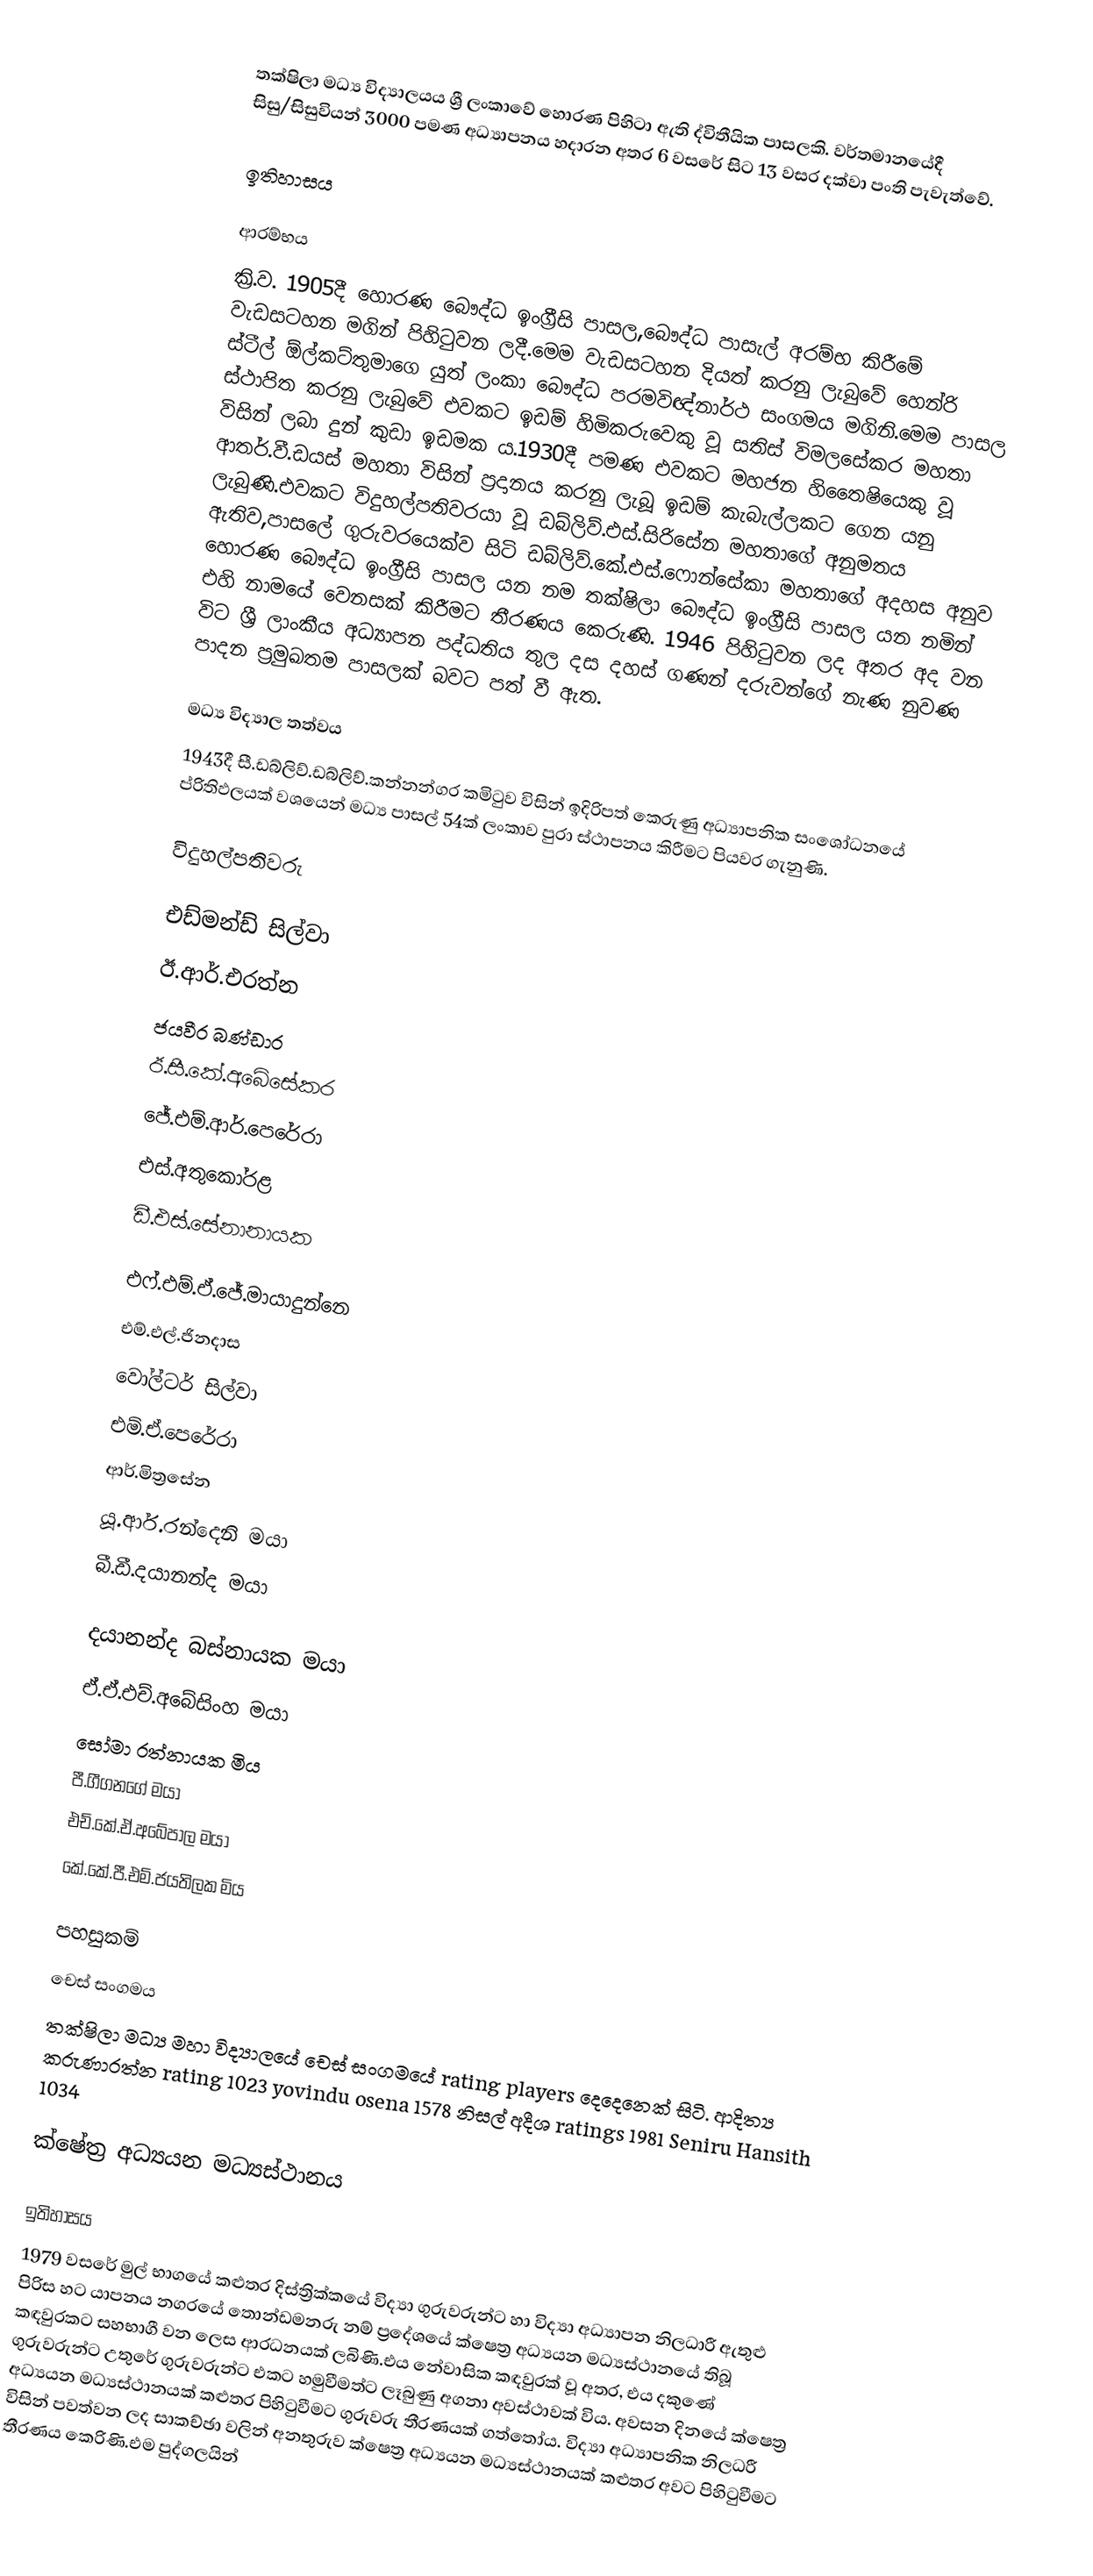
තක්ෂිලා මධ්‍ය විද්‍යාලයය ශ්‍රී ලංකාවේ හොරණ පිහිටා ඇති ද්විතීයික පාසලකි. වර්තමානයේදී සිසු/සිසුවියන් 3000 පමණ අධ්‍යාපනය හදාරන අතර 6 වසරේ සිට 13 වසර දක්වා පංති පැවැත්වේ.

ඉතිහාසය

ආරම්භය
ක්‍රි.ව. 1905දී හොරණ බෞද්ධ ඉංග්‍රීසි පාසල,බෞද්ධ පාසැල් අරම්භ කිරීමේ වැඩසටහන මගින් පිහිටුවන ලදී.මෙම වැඩසටහන දියත් කරනු ලැබුවේ හෙන්රි ස්ටීල් ඕල්කට්තුමාගෙ යුත් ලංකා බෞද්ධ පරමවිඥ්නාර්ථ සංගමය මගිනි.මෙම පාසල ස්ථාපිත කරනු ලැබුවේ එවකට ඉඩම් හිමිකරුවෙකු වූ සතිස් විමලසේකර මහතා විසින් ලබා දුන් කුඩා ඉඩමක ය.1930දී පමණ එවකට මහජන හිතෛෂියෙකු වූ ආතර්.වී.ඩයස් මහතා විසින් ප්‍රදානය කරනු ලැබූ ඉඩම් කැබැල්ලකට ගෙන යනු ලැබුණි.එවකට විදුහල්පතිවරයා වූ ඩබ්ලිව්.එස්.සිරිසේන මහතාගේ අනුමතය ඇතිව,පාසලේ ගුරුවරයෙක්ව සිටි ඩබ්ලිව්.කේ.එස්.ෆොන්සේකා මහතාගේ අදහස අනුව හොරණ බෞද්ධ ඉංග්‍රීසි පාසල යන නම තක්ෂිලා බෞද්ධ ඉංග්‍රීසි පාසල යන නමින් එහි නාමයේ වෙනසක් කිරීමට තීරණය කෙරුණි. 1946 පිහිටුවන ලද අතර අද වන විට ශ්‍රී ලාංකීය අධ්‍යාපන පද්ධතිය තුල   දස දහස් ගණන් දරුවන්ගේ නැණ නුවණ පාදන ප්‍රමුඛතම පාසලක් බවට පත් වී ඇත.

මධ්‍ය විද්‍යාල තත්වය
1943දී සී.ඩබ්ලිව්.ඩබ්ලිව්.කන්නන්ගර කමිටුව විසින් ඉදිරිපත් කෙරුණු අධ්‍යාපනික සංශෝධනයේ ප්රිතිඵලයක් වශයෙන් මධ්‍ය පාසල් 54ක් ලංකාව පුරා ස්ථාපනය කිරීමට පියවර ගැනුණි.

විදුහල්පතිවරු

 එඩ්මන්ඩ් සිල්වා
 ඊ.ආර්.එරත්න
 ජයවීර බණ්ඩාර
 ඊ.සී.කේ.අබේසේකර
 ජේ.එම්.ආර්.පෙරේරා
 එස්.අතුකෝරළ
 ඩී.එස්.සේනානායක

 එෆ්.එම්.ඒ.ජේ.මායාදුන්නෙ
 එම්.එල්.ජිනදාස
 වෝල්ටර් සිල්වා
 එම්.ඒ.පෙරේරා
 ආර්.මිත්‍රසේන
 යූ.ආර්.රන්දෙනි මයා
 බී.ඩී.දයානන්ද මයා

 දයානන්ද බස්නායක මයා
 ඒ.ඒ.එච්.අබේසිංහ මයා
 සෝමා රත්නායක මිය
 පී.ගීගනගේ මයා
 එච්.කේ.ඒ.අබේපාල මයා
 කේ.කේ.පී.එම්.ජයතිලක මිය

පහසුකම්
චෙස් සංගමය
තක්ෂිලා මධ්‍ය මහා විද්‍යාලයේ චෙස් සංගමයේ rating players දෙදෙනෙක් සිටි.  ආදිත්‍ය කරුණාරත්න rating 1023 yovindu osena 1578 නිසල් අදීශ ratings 1981 Seniru Hansith 1034

ක්ෂේත්‍ර අධ්‍යයන මධ්‍යස්ථානය

ඉතිහාසය
1979 වසරේ මුල් භාගයේ කළුතර දිස්ත්‍රික්කයේ විද්‍යා ගුරුවරුන්ට හා විද්‍යා අධ්‍යාපන නිලධාරී ඇතුළු පිරිස හට යාපනය නගරයේ තොන්ඩමනරු නම් ප්‍රදේශයේ ක්ෂෙත්‍ර අධ්‍යයන මධ්‍යස්ථානයේ තිබූ කඳවුරකට සහභාගී වන ලෙස ආරධනයක් ලබිණි.එය නේවාසික කඳවුරක් වූ අතර, එය දකුණේ ගුරුවරුන්ට උතුරේ ගුරුවරුන්ට එකට හමුවීමත්ට ලෑබුණු අගනා අවස්ථාවක් විය. අවසන දිනයේ ක්ෂෙත්‍ර අධ්‍යයන මධ්‍යස්ථානයක් කළුතර පිහිටුවීමට ගුරුවරු තීරණයක් ගත්තෝය. විද්‍යා අධ්‍යාපනික නිලධරී විසින් පවත්වන  ලද සාකච්ඡා වලින් අනතුරුව ක්ෂෙත්‍ර අධ්‍යයන මධ්‍යස්ථානයක් කළුතර අවට පිහිටුවීමට තීරණය කෙරිණි.එම පුද්ගලයින්